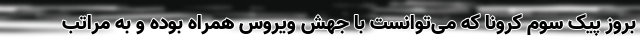
بروز پیک سوم کرونا که می‌توانست با جهش ویروس همراه بوده و به مراتب